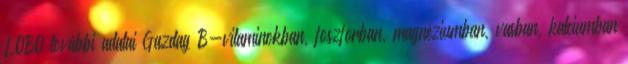
LOBO további adatai Gazdag B-vitaminokban, foszforban, magnéziumban, vasban, kalciumban